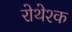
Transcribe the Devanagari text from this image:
रोथेश्क